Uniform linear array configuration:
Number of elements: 16
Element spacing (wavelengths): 0.25
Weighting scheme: binomial
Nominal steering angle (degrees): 30
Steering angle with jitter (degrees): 30.503
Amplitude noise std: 0.05
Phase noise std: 0.05

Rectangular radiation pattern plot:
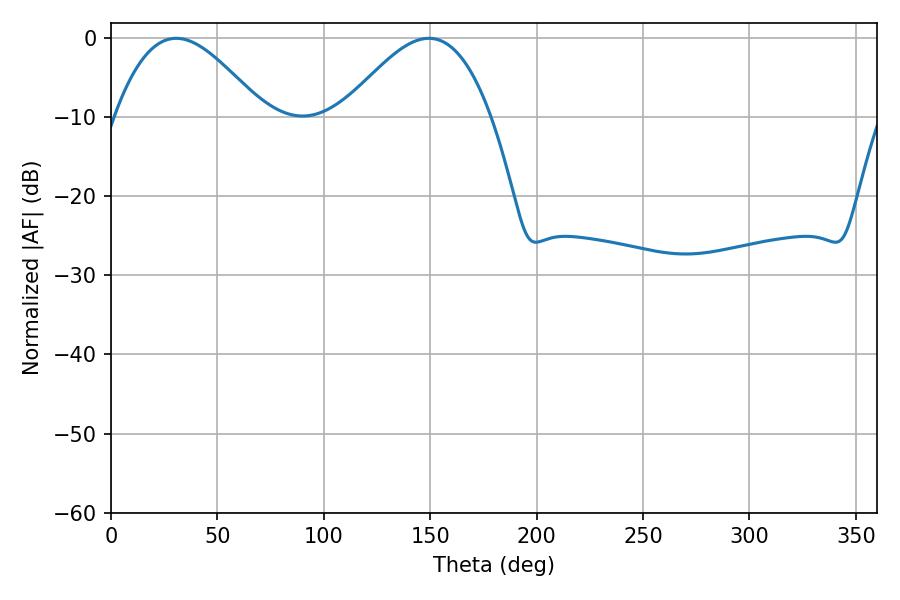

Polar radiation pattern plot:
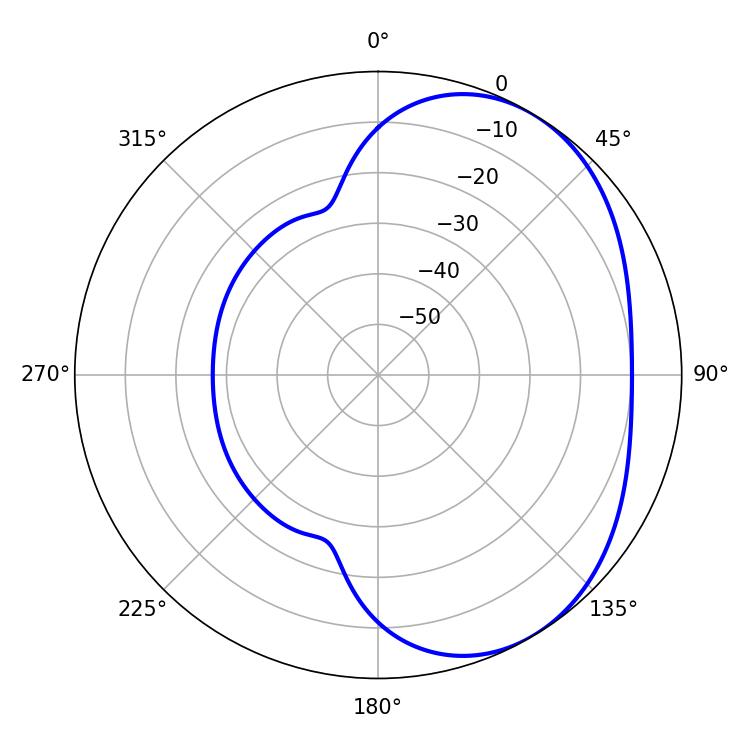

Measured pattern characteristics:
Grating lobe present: FALSE
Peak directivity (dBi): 3.843
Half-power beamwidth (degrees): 37.44
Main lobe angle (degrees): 30.6